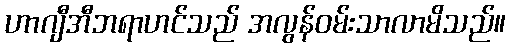
ဟာဂျီအီဘရာဟင်သည် အလွန်ဝမ်းသာလာမိသည်။